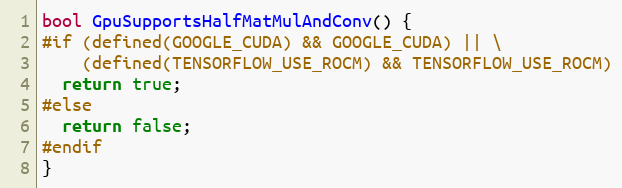
Language: C++
bool GpuSupportsHalfMatMulAndConv() {
#if (defined(GOOGLE_CUDA) && GOOGLE_CUDA) || \
    (defined(TENSORFLOW_USE_ROCM) && TENSORFLOW_USE_ROCM)
  return true;
#else
  return false;
#endif
}